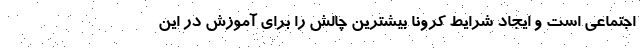
اجتماعی است و ایجاد شرایط کرونا بیشترین چالش را برای آموزش در این